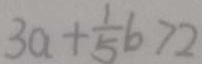
3 a + \frac { 1 } { 5 } b > 2